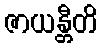
ဇာယန္တီတိ